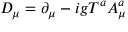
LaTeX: D _ { \mu } = \partial _ { \mu } - i g T ^ { a } A _ { \mu } ^ { a }